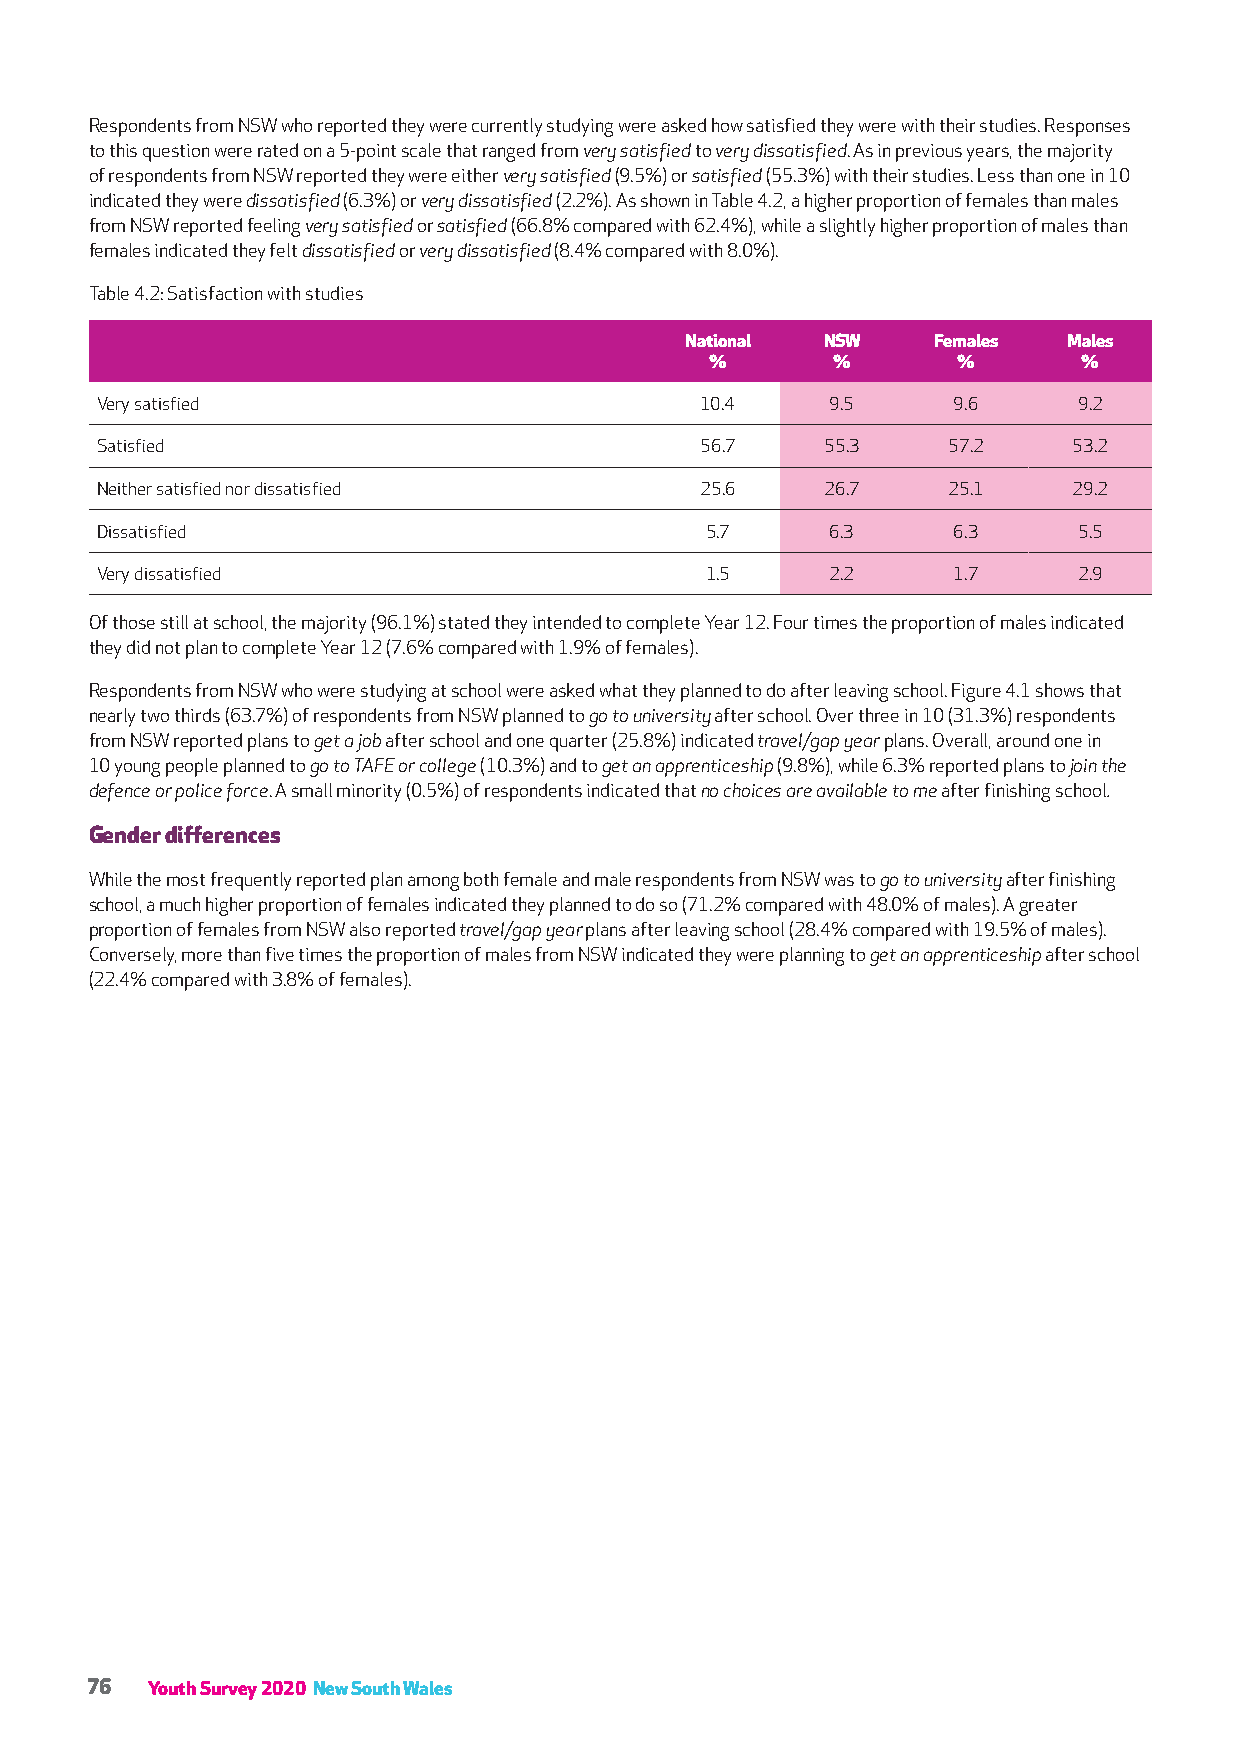
Respondents from NSW who reported they were currently studying were asked how satisfied they were with their studies. Responses
 to this question were rated on a 5-point scale that ranged from very satisfied to very dissatisfied. As in previous years, the majority
 of respondents from NSW reported they were either very satisfied (9.5%) or satisfied (55.3%) with their studies. Less than one in 10
 indicated they were dissatisfied (6.3%) or very dissatisfied (2.2%). As shown in Table 4.2, a higher proportion of females than males
 from NSW reported feeling very satisfied or satisfied (66.8% compared with 62.4%), while a slightly higher proportion of males than
 females indicated they felt dissatisfied or very dissatisfied (8.4% compared with 8.0%).
 Table 4.2: Satisfaction with studies
 National NSW     Females  Males
 %       %       %        %
 Very satisfied                          10.4     9.5     9.6     9.2
 Satisfied                               56.7     55.3    57.2    53.2
 Neither satisfied nor dissatisfied      25.6     26.7    25.1    29.2
 Dissatisfied                             5.7     6.3     6.3     5.5
 Very dissatisfied                        1.5     2.2     1.7     2.9
 Of those still at school, the majority (96.1%) stated they intended to complete Year 12. Four times the proportion of males indicated
 they did not plan to complete Year 12 (7.6% compared with 1.9% of females).
 Respondents from NSW who were studying at school were asked what they planned to do after leaving school. Figure 4.1 shows that
 nearly two thirds (63.7%) of respondents from NSW planned to go to university after school. Over three in 10 (31.3%) respondents
 from NSW reported plans to get a job after school and one quarter (25.8%) indicated travel/gap year plans. Overall, around one in
 10 young people planned to go to TAFE or college (10.3%) and to get an apprenticeship (9.8%), while 6.3% reported plans to join the
 defence or police force. A small minority (0.5%) of respondents indicated that no choices are available to me after finishing school.
 Gender differences
 While the most frequently reported plan among both female and male respondents from NSW was to go to university after finishing
 school, a much higher proportion of females indicated they planned to do so (71.2% compared with 48.0% of males). A greater
 proportion of females from NSW also reported travel/gap year plans after leaving school (28.4% compared with 19.5% of males).
 Conversely, more than five times the proportion of males from NSW indicated they were planning to get an apprenticeship after school
 (22.4% compared with 3.8% of females).
 76  Youth Survey 2020 New South Wales